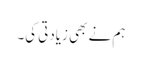
ہم نے بھی زیادتی کی۔